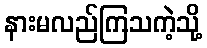
နားမလည်ကြသကဲ့သို့